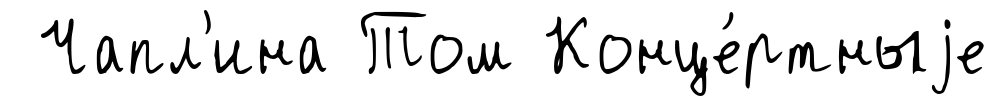
Чапл'ина Том Конце́ртныjе